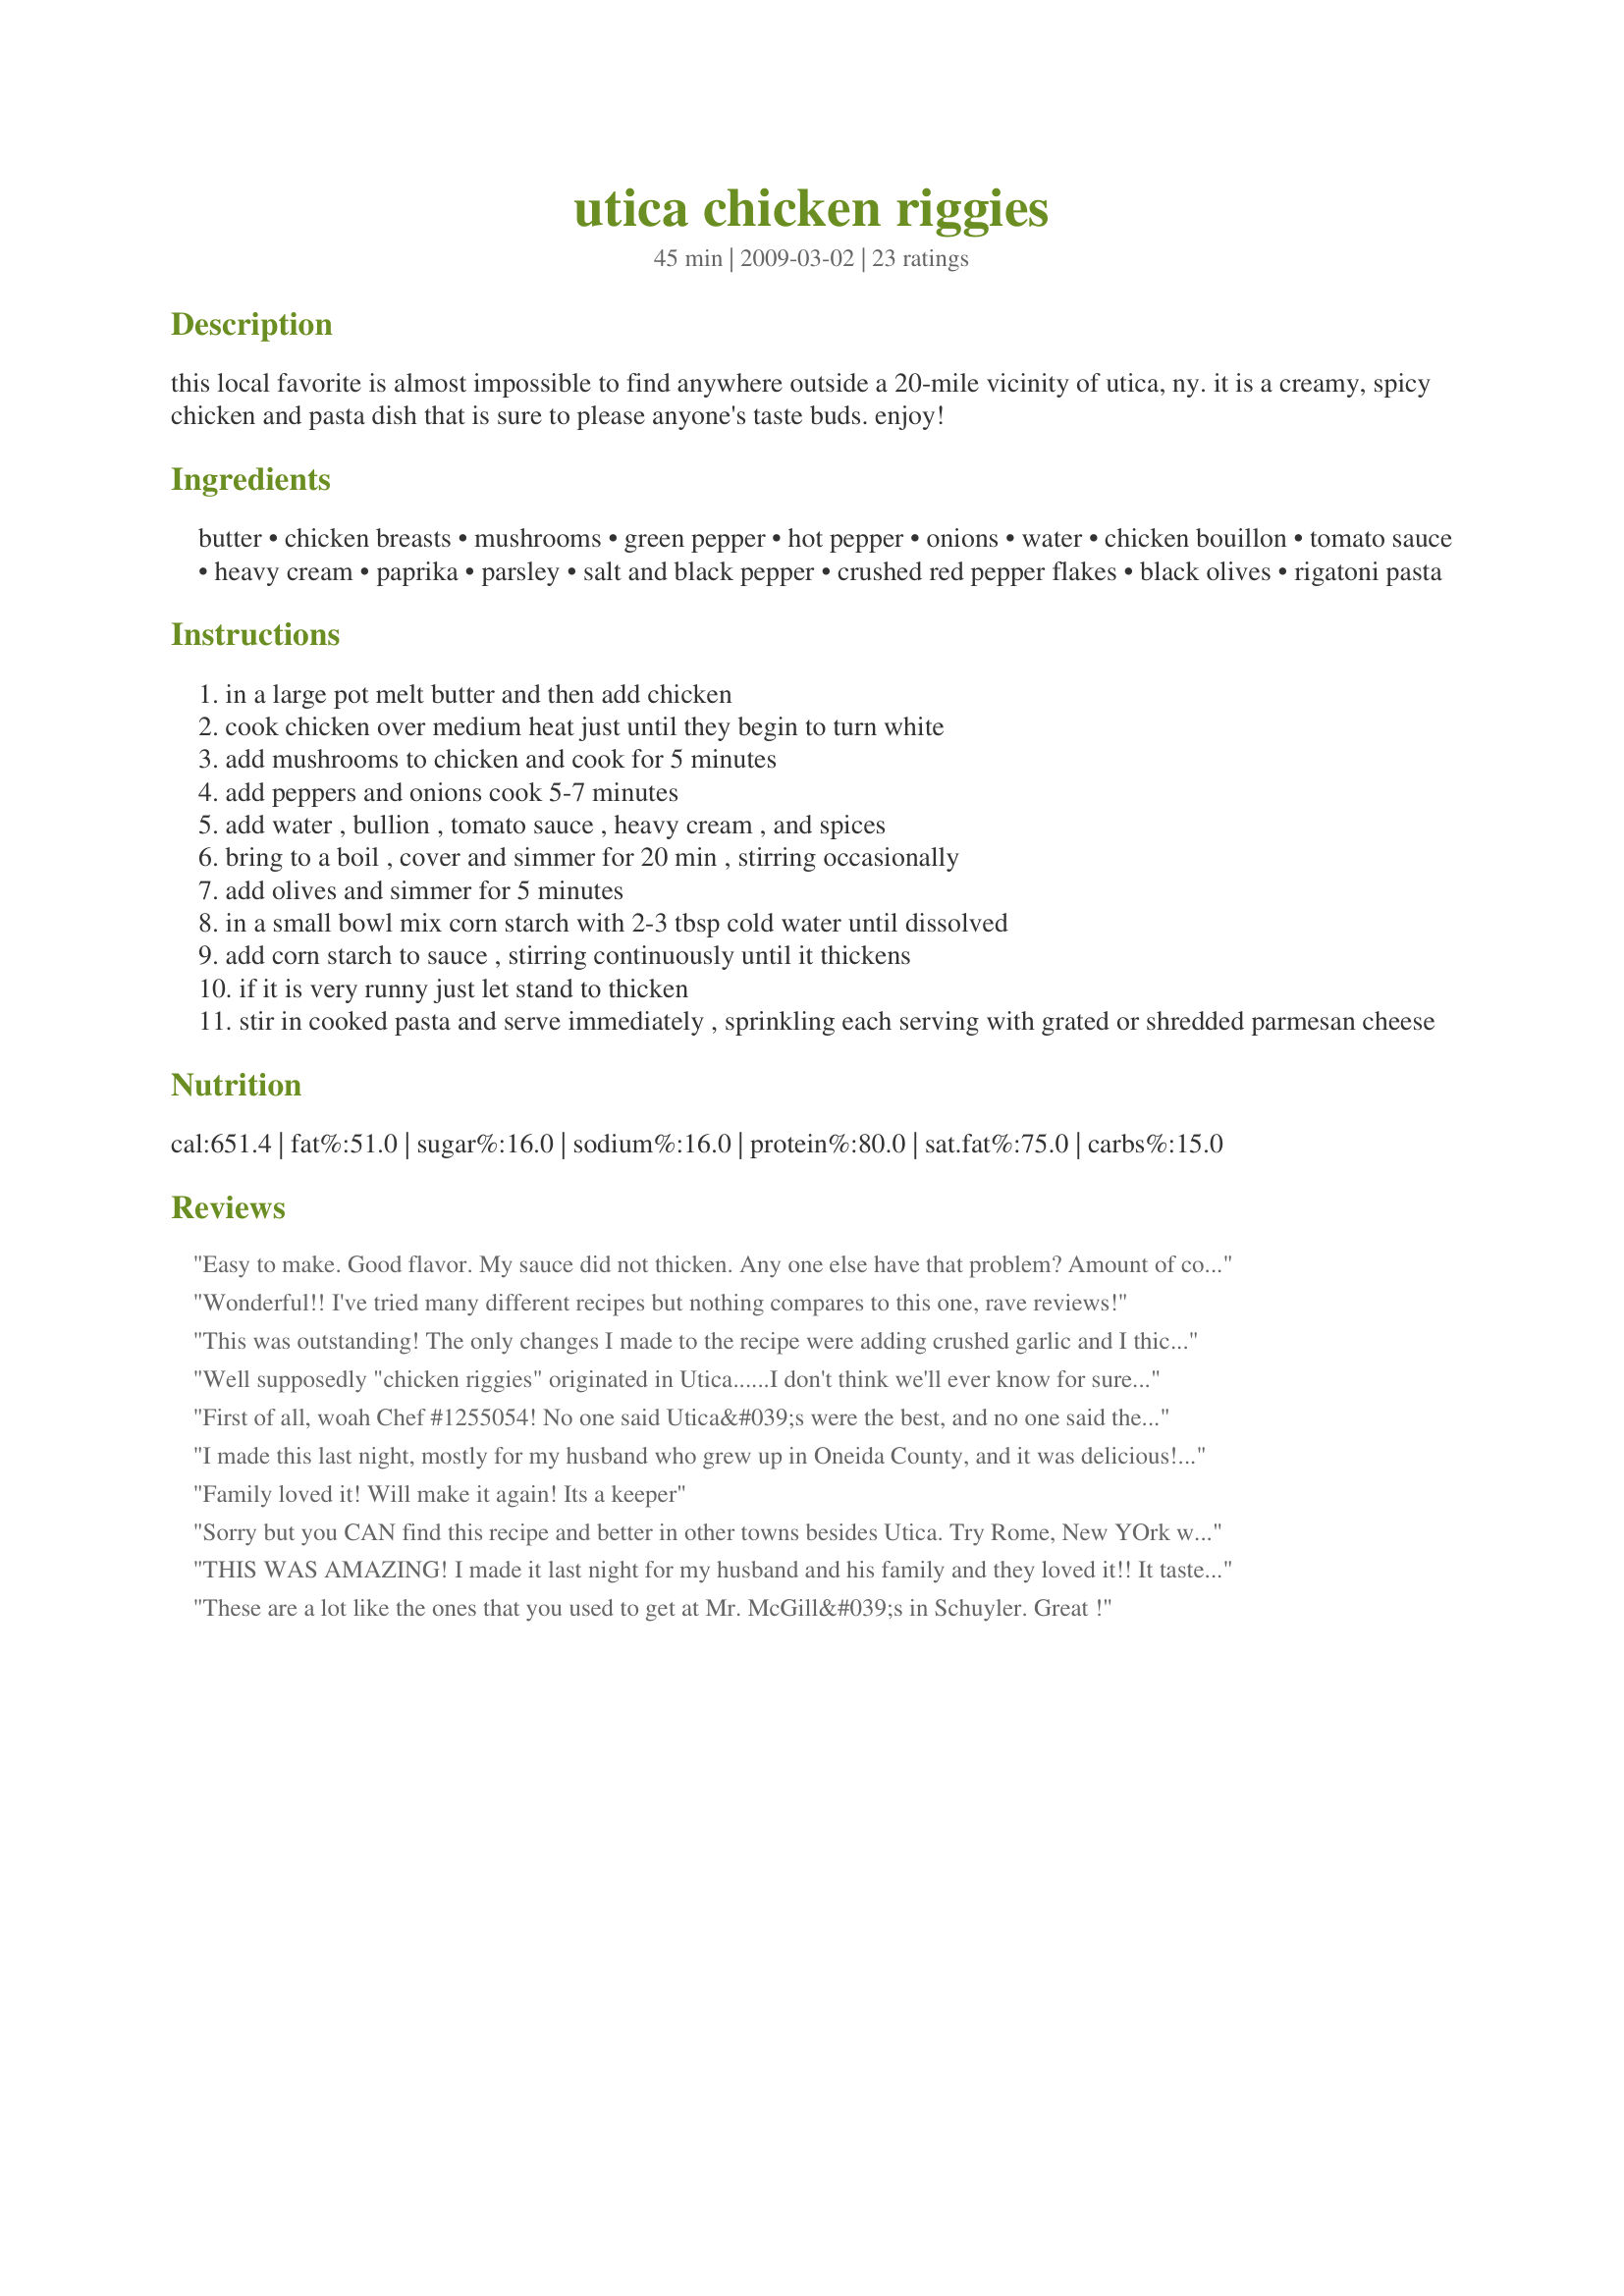
utica chicken riggies
Preparation time: 45 minutes

this local favorite is almost impossible to find anywhere outside a 20-mile vicinity of utica, ny. it is a creamy, spicy chicken and pasta dish that is sure to please anyone's taste buds. enjoy!

Ingredients:
butter, chicken breasts, mushrooms, green pepper, hot pepper, onions, water, chicken bouillon, tomato sauce, heavy cream, paprika, parsley, salt and black pepper, crushed red pepper flakes, black olives, rigatoni pasta

Steps:
in a large pot melt butter and then add chicken
cook chicken over medium heat just until they begin to turn white
add mushrooms to chicken and cook for 5 minutes
add peppers and onions cook 5-7 minutes
add water , bullion , tomato sauce , heavy cream , and spices
bring to a boil , cover and simmer for 20 min , stirring occasionally
add olives and simmer for 5 minutes
in a small bowl mix corn starch with 2-3 tbsp cold water until dissolved
add corn starch to sauce , stirring continuously until it thickens
if it is very runny just let stand to thicken
stir in cooked pasta and serve immediately , sprinkling each serving with grated or shredded parmesan cheese

Reviews:
Easy to make. Good flavor. My sauce did not thicken. Any one else have that problem? Amount of cornstarch was not listed in recipe.
Wonderful!! I've tried many different recipes but nothing compares to this one, rave reviews!
This was outstanding! The only changes I made to the recipe were adding crushed garlic and I thickened it with a few spoonfuls of tomato paste instead of corn starch. I also added a red bell pepper to add more color. I doubled the recipe which really made a ton. It filled my large turkey roasting pan! This is even better than the large pan of riggies I bought at our local restaurant on Christmas eve.Remember to have a loaf of italian bread on hand to soak up all of the extra sauce. I will definitely be making this when company comes! Simply amazing!
Well supposedly "chicken riggies" originated in Utica......I don't think we'll ever know for sure which restaurant or which chef made it first. But the one thing I DO know for sure is that this recipe is absolutely delicious and ranks right up there with the ones I've had from the Utica....and, yes, Rome...area restaurants. Actually, IMO, it ranks higher than some! I made them along with the Utica Greens (Escarole) recipe. We thoroughly enjoyed our meal!! Thanks for a great recipe!!! Note: I did add a few (3-4) cloves of minced garlic but that's the only thing I did differently.
First of all, woah Chef #1255054! No one said Utica&#039;s were the best, and no one said there weren&#039;t riggies in Rome, NY. In fact, the author said that you have a tough time finding riggies 20 miles outside of Utica and Rome is within that 20 miles. Chill. It&#039;s a recipe and a local story.&lt;br/&gt;&lt;br/&gt;Now, this recipe is awesome. Totally reminds me of my days in Herkimer! Thanks for sharing. It&#039;s a hit every time I make it.
I made this last night, mostly for my husband who grew up in Oneida County, and it was delicious! We own a house in Rome, NY and have had riggies on many occasions while we're up there. We are military though and can't just run out and get riggies in Kentucky! :) <br/><br/>This recipe tasted like the "real" riggies you get at Teddy's in Rome. So yummy! I think I put a little too much red pepper flakes in ours though because it was too spicy for the kids (I used 1 tsp). <br/><br/>GREAT RECIPE!
Family loved it! Will make it again! Its a keeper
Sorry but you CAN find this recipe and better in other towns besides Utica. Try Rome, New YOrk which is the sister city of Utica but more so. This is not only my hometown but the one and only place I have ever had riggies. In fact, my daughter was the first to serve them to me and they are fantastic. She has made them both with and without hot peppers and vodka. I am still trying to get her to hand over the recipe and I WILL succeed one day and then be happy to share with you. As I stated, Utica isNOT the only or thebest place to get great riggies.
THIS WAS AMAZING! I made it last night for my husband and his family and they loved it!! It tasted just like it did at the restaurant! My husband told me this is his favorite meal that i have made! This was a HUGE win! Highly recommend!
These are a lot like the ones that you used to get at Mr. McGill&#039;s in Schuyler. Great !
Did you notice there is NO cornstarch in the ingredient list? Don&#039;t bother with it, you don&#039;t need it. It is ***essential** you salt your pasta water before cooking, or this dish will be too bland. How much salt to add to the water? The water should be as salty as ocean water. This recipe is PERFECT. You can leave out the olives if you wish and it&#039;s still amazing.
This is a great recipe, I follow most of it but I add some banana peppers in with the cherry peppers. Also, a big thing I feel like this recipe is missing is sherry! Any time you cook with cream, sherry is the perfect compliment. Some times I add less chicken and throw in some hot or sweet Italian sausage. All in all this is a great recipe that really has the authenticity of central NYs little Italy !
Amazing - a meal from my hometown - made perfectly thank you so much for sharing!
This recipe is the bomb! Solo good! I omitted the black olives as hubby doesn't like them and instead if tomato sauce I use my homemade spaghetti sauce but otherwise I stuck to the recipe. If you add a quarter cup of vodka, you will have Vodka Riggies. So good! Sprinkle with a good parmesan or Romano cheese and enjoy!
As an Aussie girl I have never had this dish, so I was unprepared for how amazing this would be. As the mum of 4 small children I was delighted to have all their plates clean. I added garlic and 1 heaped TB of chopped sun dried tomatoes. I didn&#039;t add the corn flour, rather - simmered the sauce for 30 minutes. I WILL be making this again and I cannot thank you enough for posting!
I get to visit Rome every couple of years where a bit of my family still lives. As soon as I arrive I want a plate of riggies... Thanks so much for the recipe, closest one I've found that is as good as the riggies I get in Rome. In fact I'm making it for my son today in honor of Father's Day.
It kills me :) to know you can just google "Utica chicken riggies" from a world away and get this hometown recipe. Thanks for the memories! It's as tasty as I remember, and easy too. I used some tomatoe paste instead of the constarch mixture. Hubby loved it. I'll be making this again, I can tell. Cheers to all in Utica! -mgg
We loved this! Creamy, robust and satisfying, with very good flavour, I made as directed, except that I used a 410 gr can of chopped tomatoes rather than tomato sauce. I didn't use the corn starch, i felt that the sauce had good texture, and was perfect once the pasta was added.

An extremely good and tasty pasta for those cool evenings!
This was AMAZING! I&#039;m so glad I went with this recipe. It&#039;s exactly like the ones you buy at the local restaurants for $15. The amount that it makes is plenty for 4 adults to have large heaping plates... which is how you eat chicken riggies! :)

The cornstarch did not affect the flavor at all, and thickened it up beautifully, but not too thick. I just added cold water to it in small amounts in a small bowl (maybe a tsp or 2 of starch and water at a time so that it turns into a thick paste) then I poured it into the sauce. After about 4 times of adding I noticed a differnce in the thickness of the sauce. I just added the cooked pasta and it was PERFECT! Will make this over and over again. It was spicy enough for my husband too!
My husband and I just made this amazing recipe. We live very near to Utica, NY, and wanted to try it on our own instead of always getting them out. We couldn't stop oohing and ahhing while we were eating! We tweaked some of the amts of ingredients to our liking, but it was absolutely delicious!!
Awesome recipe - I add 4 cloves of garlic and substitute the heavy cream with sour cream. This recipe is always the perfect cure for homesickness when I&#039;m away at school and missing Utica.
This IS the recipe I got from my sister! After following it to the letter the first time, I had to tweak it just a little! First, I use chicken broth to replace the water! Second, I also used crushed tomatoes AND tomatoes sauce! I used lots of fresh green &amp; red sweet peppers cut big so they do not get mushy! And I do thicken mine with a little corn starch mixture too! I use only cherry peppers, without the seeds, for the spice of the dish! Usually only 1 or 2 because my husband and I only like them mild! Whenever there is a family function that we are asked to bring a dish to pass... I can always count on this for the go to dish that EVERYONE requests from me! Yes, they are that GOOD! And YES, I am patting myself on the back! My Riggies are the most, all time favorite of anyone's, that has ever had mine!
This turned out fantastic!! Will definitely make again!
